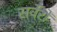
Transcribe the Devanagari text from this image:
सर्वेरों